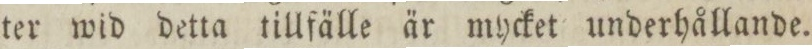
ter wid detta tillfälle är mycket underhållande.